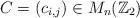
LaTeX: \begin{align*} C=(c_{i,j})\in M_n(\mathbb Z_2)\end{align*}